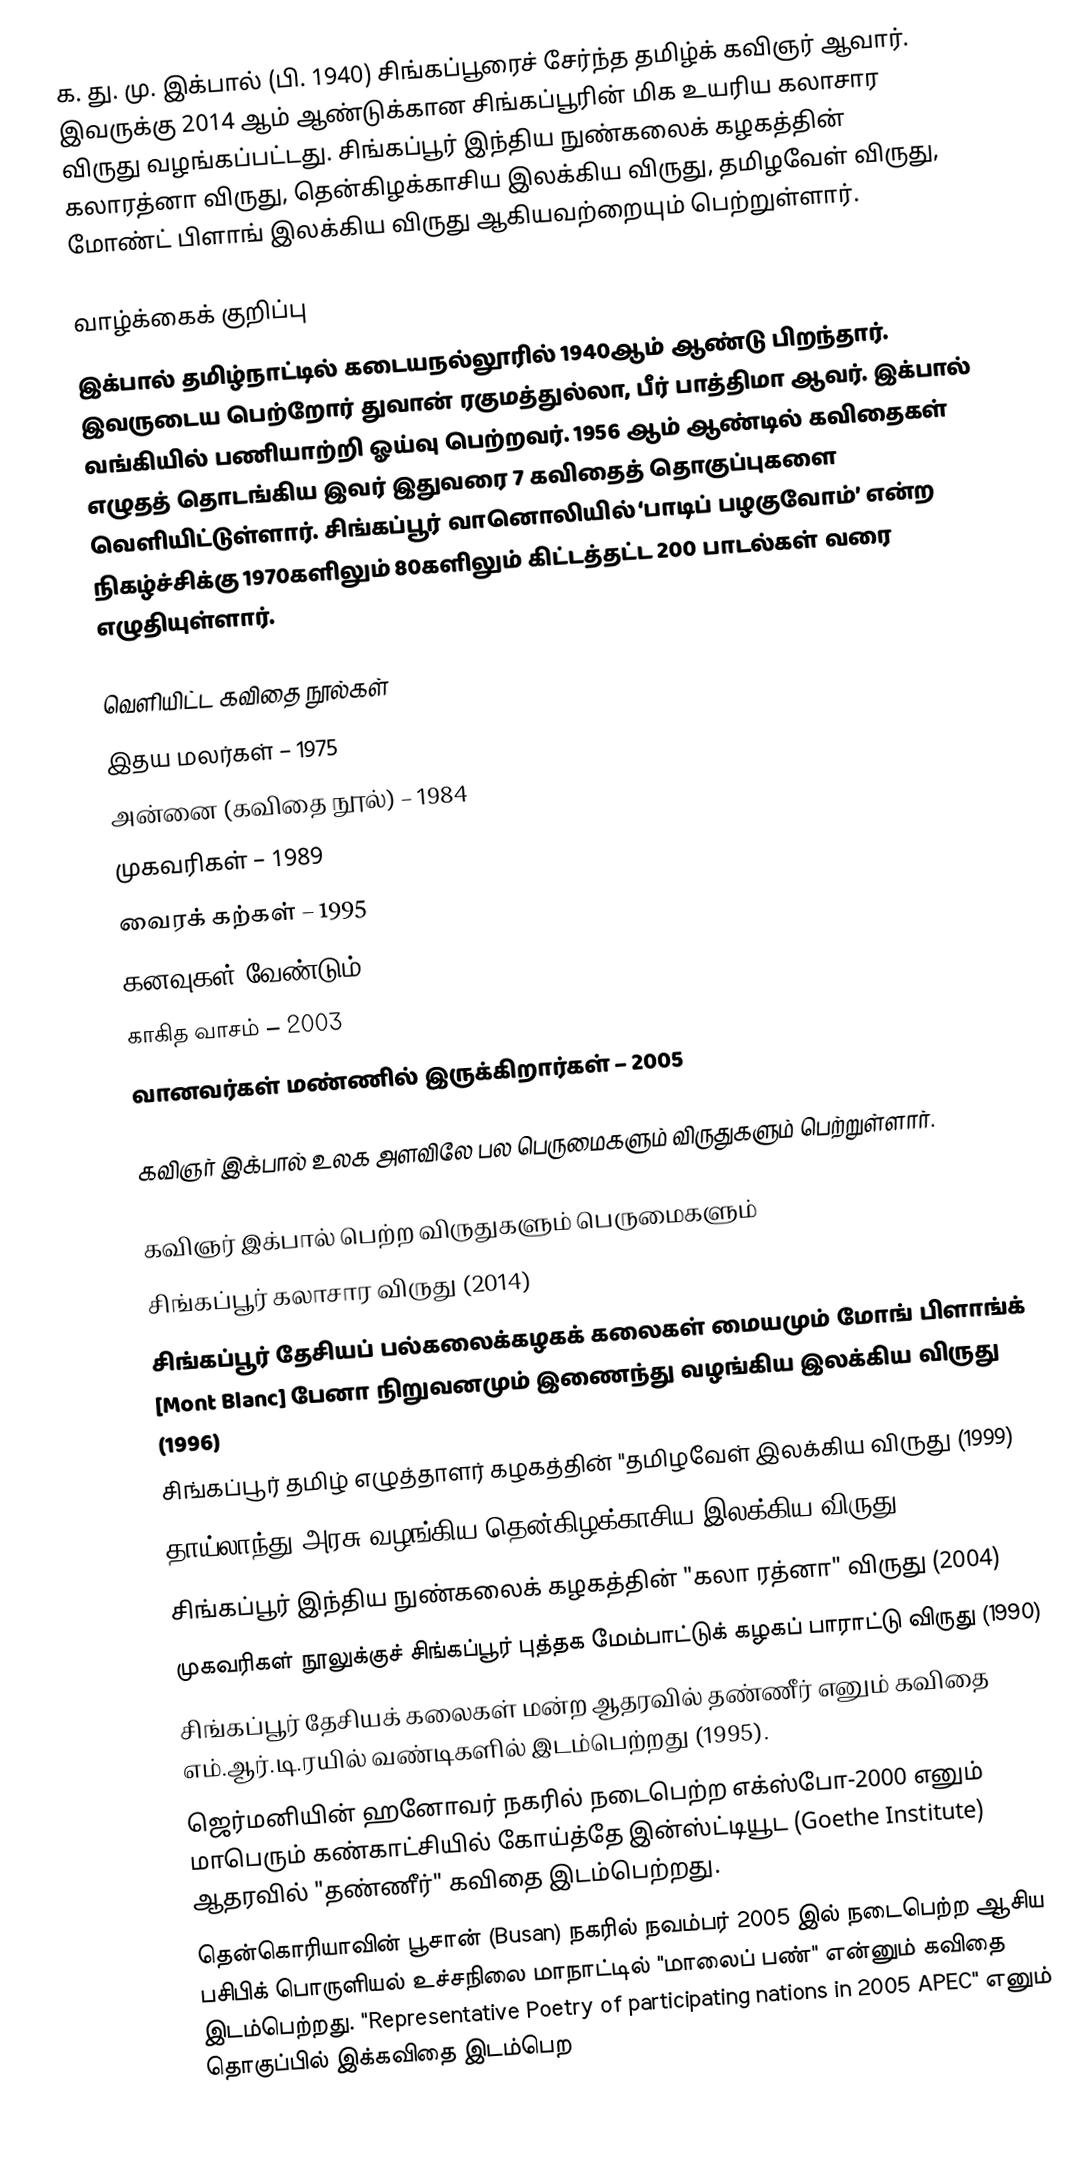
க. து. மு. இக்பால் (பி. 1940) சிங்கப்பூரைச் சேர்ந்த தமிழ்க் கவிஞர் ஆவார். இவருக்கு 2014 ஆம் ஆண்டுக்கான சிங்கப்பூரின் மிக உயரிய கலாசார விருது வழங்கப்பட்டது. சிங்கப்பூர் இந்திய நுண்கலைக் கழகத்தின் கலாரத்னா விருது, தென்கிழக்காசிய இலக்கிய விருது, தமிழவேள் விருது, மோண்ட் பிளாங் இலக்கிய விருது ஆகியவற்றையும் பெற்றுள்ளார்.

வாழ்க்கைக் குறிப்பு
இக்பால் தமிழ்நாட்டில் கடையநல்லூரில் 1940ஆம் ஆண்டு பிறந்தார். இவருடைய பெற்றோர் துவான் ரகுமத்துல்லா, பீர் பாத்திமா ஆவர். இக்பால் வங்கியில் பணியாற்றி ஓய்வு பெற்றவர். 1956 ஆம் ஆண்டில் கவிதைகள் எழுதத் தொடங்கிய இவர் இதுவரை 7 கவிதைத் தொகுப்புகளை வெளியிட்டுள்ளார். சிங்கப்பூர் வானொலியில் ‘பாடிப் பழகுவோம்’ என்ற நிகழ்ச்சிக்கு 1970களிலும் 80களிலும் கிட்டத்தட்ட 200 பாடல்கள் வரை எழுதியுள்ளார்.

வெளியிட்ட கவிதை நூல்கள்
 இதய மலர்கள் – 1975
 அன்னை (கவிதை நூல்) – 1984
 முகவரிகள் – 1989
 வைரக் கற்கள் – 1995
 கனவுகள் வேண்டும் – 2000
 காகித வாசம் – 2003
 வானவர்கள் மண்ணில் இருக்கிறார்கள் – 2005

கவிஞர் இக்பால் உலக அளவிலே பல பெருமைகளும் விருதுகளும் பெற்றுள்ளார்.

கவிஞர் இக்பால் பெற்ற விருதுகளும் பெருமைகளும்
 சிங்கப்பூர் கலாசார விருது (2014)
 சிங்கப்பூர் தேசியப் பல்கலைக்கழகக் கலைகள் மையமும் மோங் பிளாங்க் [Mont Blanc] பேனா நிறுவனமும் இணைந்து வழங்கிய இலக்கிய விருது (1996)
 சிங்கப்பூர் தமிழ் எழுத்தாளர் கழகத்தின் "தமிழவேள் இலக்கிய விருது (1999)
 தாய்லாந்து அரசு வழங்கிய தென்கிழக்காசிய இலக்கிய விருது (2001)
 சிங்கப்பூர் இந்திய நுண்கலைக் கழகத்தின் "கலா ரத்னா"  விருது (2004)
 முகவரிகள் நூலுக்குச் சிங்கப்பூர் புத்தக மேம்பாட்டுக் கழகப் பாராட்டு விருது (1990)
 சிங்கப்பூர் தேசியக் கலைகள் மன்ற ஆதரவில் தண்ணீர் எனும் கவிதை எம்.ஆர்.டி.ரயில் வண்டிகளில் இடம்பெற்றது (1995).
 ஜெர்மனியின் ஹனோவர் நகரில் நடைபெற்ற எக்ஸ்போ-2000 எனும் மாபெரும் கண்காட்சியில் கோய்த்தே இன்ஸ்ட்டியூட (Goethe Institute) ஆதரவில் "தண்ணீர்" கவிதை இடம்பெற்றது.
 தென்கொரியாவின் பூசான் (Busan) நகரில் நவம்பர் 2005 இல் நடைபெற்ற ஆசிய பசிபிக் பொருளியல் உச்சநிலை மாநாட்டில் "மாலைப் பண்" என்னும் கவிதை இடம்பெற்றது. "Representative Poetry of participating nations in 2005 APEC" எனும் தொகுப்பில் இக்கவிதை இடம்பெற